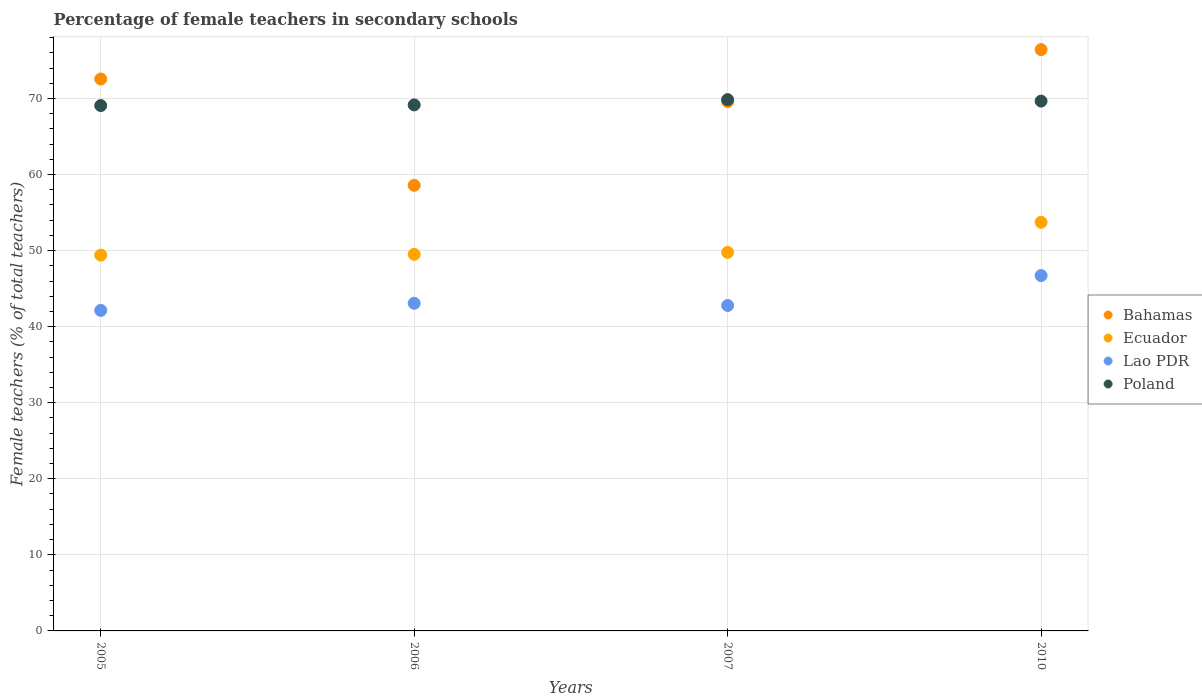
| Years | Bahamas | Ecuador | Lao PDR | Poland |
 | --- | --- | --- | --- | --- |
 | 2005 | 72.6 | 49.4 | 42.1 | 69.1 |
 | 2006 | 58.6 | 49.5 | 43.1 | 69.2 |
 | 2007 | 69.6 | 49.8 | 42.8 | 69.8 |
 | 2010 | 76.4 | 53.7 | 46.7 | 69.7 |